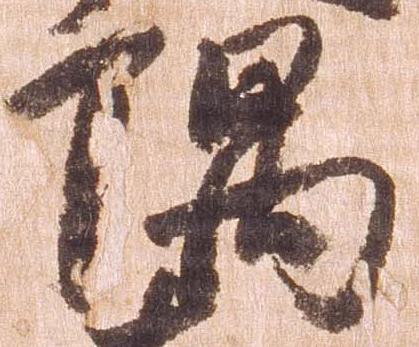
隅